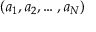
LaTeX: ( a _ { 1 } , a _ { 2 } , \dots , a _ { N } )